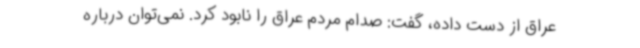
عراق از دست داده، گفت: صدام مردم عراق را نابود کرد. نمی‌توان درباره